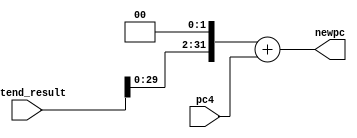
`timescale 1ns / 1ps
module AddPC2(
	input [31:0] pc4,
	input [31:0] extend_result,
	output reg [31:0] newpc
);
	//reg [31:0] shift;
	initial begin
		newpc<=0;
		//shift<=0;
	end
	always@(pc4 or extend_result)begin
		//shift[1:0]=2'b00;
		//shift[31:2]=extend_result[29:0];
		newpc=(extend_result<<2)+pc4;
	end
endmodule